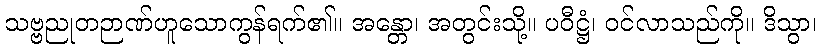
သဗ္ဗညုတဉာဏ်ဟူသောကွန်ရက်၏။ အန္တော၊ အတွင်းသို့။ ပဝီဋ္ဌံ၊ ဝင်လာသည်ကို။ ဒိသွာ၊